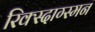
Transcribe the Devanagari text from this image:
रिक्स्दाग्स्मन